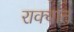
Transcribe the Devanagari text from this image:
राक्यात